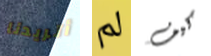
أتريدنا لم كيف